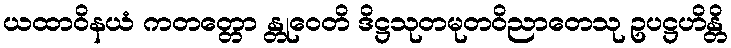
ယထာဝိနယံ ကတတ္တော န္တုဝေတိ ဒိဋ္ဌသုတမုတဝိညာတေသု ဥပဋ္ဌဟိန္တိ